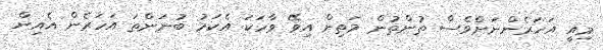
މިއީ އަހަރެންނަށްވެސް ތުންތުން މަތިން އިވޭ ވާހަކަ އެކަމު ބުނަންތަ އަހަރެން އެއިން